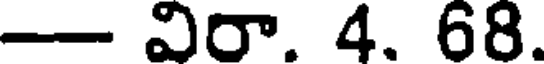
- విరా. 4. 68.